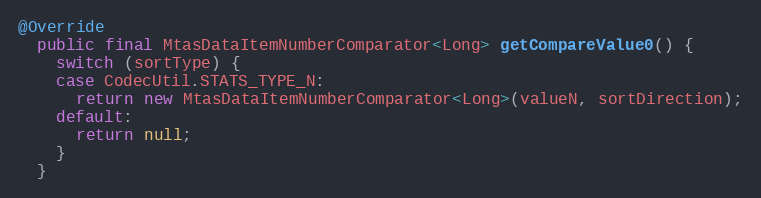
Language: Java
@Override
  public final MtasDataItemNumberComparator<Long> getCompareValue0() {
    switch (sortType) {
    case CodecUtil.STATS_TYPE_N:
      return new MtasDataItemNumberComparator<Long>(valueN, sortDirection);
    default:
      return null;
    }
  }